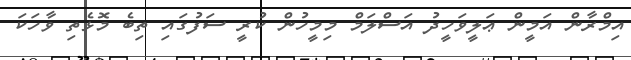
އިމްރާން އަމީން ޢަލީވަހީދު އަސްލަމް މިމީހުން ކުރީ ސަފުގައި ތިބެ މޮޅެތި ވާހަކަ